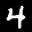
Label: 4